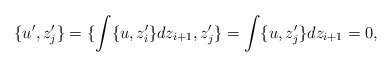
\begin{align*}\{u',z_j'\}=\{\int \{u,z_i'\} dz_{i+1}, z_j'\} = \int \{u, z_j'\}dz_{i+1} = 0,\end{align*}